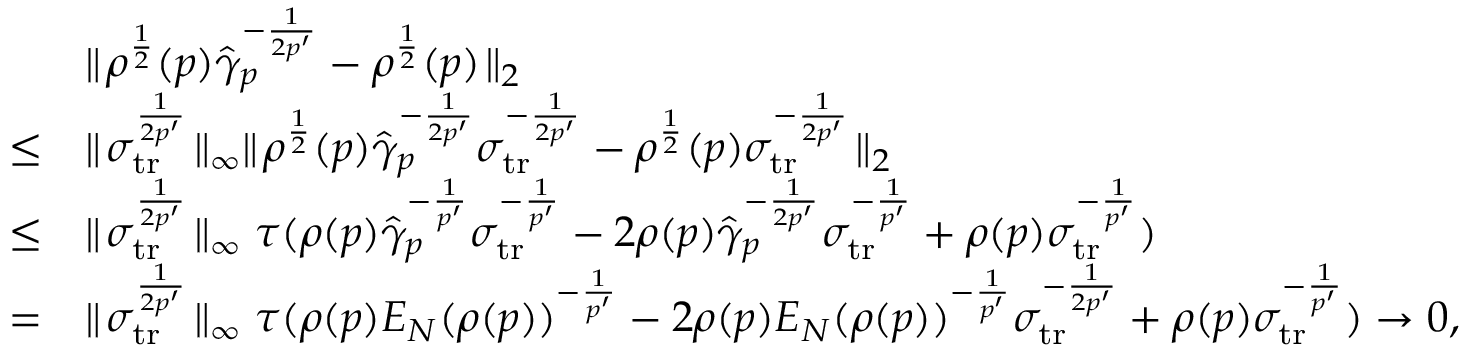
\begin{array} { r l } & { \parallel \! \rho ^ { \frac { 1 } { 2 } } ( p ) \hat { \gamma } _ { p } ^ { - \frac { 1 } { 2 p ^ { \prime } } } - \rho ^ { \frac { 1 } { 2 } } ( p ) \! \parallel _ { 2 } } \\ { \le } & { \parallel \! \sigma _ { { { \mathrm { t r } } } } ^ { \frac { 1 } { 2 p ^ { \prime } } } \! \parallel _ { \infty } \parallel \! \rho ^ { \frac { 1 } { 2 } } ( p ) \hat { \gamma } _ { p } ^ { - \frac { 1 } { 2 p ^ { \prime } } } \sigma _ { { { \mathrm { t r } } } } ^ { - \frac { 1 } { 2 p ^ { \prime } } } - \rho ^ { \frac { 1 } { 2 } } ( p ) \sigma _ { { \mathrm { t r } } } ^ { - \frac { 1 } { 2 p ^ { \prime } } } \! \parallel _ { 2 } } \\ { \le } & { \parallel \! \sigma _ { { { \mathrm { t r } } } } ^ { \frac { 1 } { 2 p ^ { \prime } } } \! \parallel _ { \infty } \tau ( \rho ( p ) \hat { \gamma } _ { p } ^ { - \frac { 1 } { p ^ { \prime } } } \sigma _ { { \mathrm { t r } } } ^ { - \frac { 1 } { p ^ { \prime } } } - 2 \rho ( p ) \hat { \gamma } _ { p } ^ { - \frac { 1 } { 2 p ^ { \prime } } } \sigma _ { { \mathrm { t r } } } ^ { - \frac { 1 } { p ^ { \prime } } } + \rho ( p ) \sigma _ { { \mathrm { t r } } } ^ { - \frac { 1 } { p ^ { \prime } } } ) } \\ { = } & { \parallel \! \sigma _ { { { \mathrm { t r } } } } ^ { \frac { 1 } { 2 p ^ { \prime } } } \! \parallel _ { \infty } \tau ( \rho ( p ) E _ { N } ( \rho ( p ) ) ^ { - \frac { 1 } { p ^ { \prime } } } - 2 \rho ( p ) E _ { N } ( \rho ( p ) ) ^ { - \frac { 1 } { p ^ { \prime } } } \sigma _ { { \mathrm { t r } } } ^ { - \frac { 1 } { 2 p ^ { \prime } } } + \rho ( p ) \sigma _ { { \mathrm { t r } } } ^ { - \frac { 1 } { p ^ { \prime } } } ) \to 0 , } \end{array}